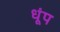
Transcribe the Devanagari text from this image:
धूंप